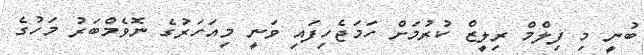
ބުނީ މި ފިލްމް ރިލީޒް ކުރުމަށް ހަމަޖެހިފައި ވަނީ މިއަހަރުގެ ނޮވެމްބަރު މަހުގެ